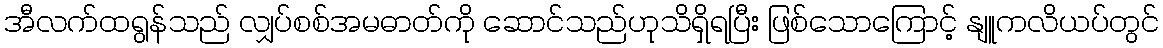
အီလက်ထရွန်သည် လျှပ်စစ်အမဓာတ်ကို ဆောင်သည်ဟုသိရှိရပြီး ဖြစ်သောကြောင့် နျူကလိယပ်တွင်